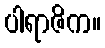
ပါရာဇိက။